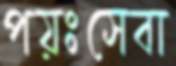
পয়ঃসেবা